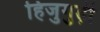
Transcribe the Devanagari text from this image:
हिजुगुड़ी